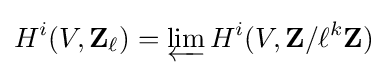
H^{i}(V,\mathbf {Z} _{\ell })=\varprojlim H^{i}(V,\mathbf {Z} /\ell ^{k}\mathbf {Z} )